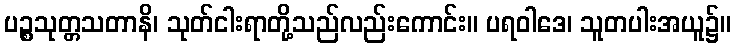
ပဉ္စသုတ္တသတာနိ၊ သုတ်ငါးရာတို့သည်လည်းကောင်း။ ပရဝါဒေ၊ သူတပါးအယူ၌။